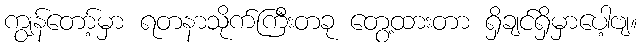
ကျွန်တော့်မှာ ရတနာသိုက်ကြီးတခု တွေ့ထားတာ ရှိချင်ရှိမှာပေါ့ဗျ။